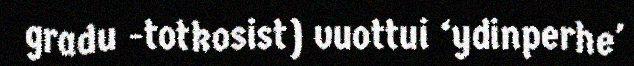
gradu -totkosist) vuottui ‘ydinperhe'